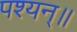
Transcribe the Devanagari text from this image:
पश्यन्॥